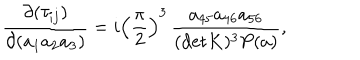
LaTeX: { \frac { \partial ( \tau _ { i j } ) } { \partial ( a _ { 1 } a _ { 2 } a _ { 3 } ) } } = i \left( \frac { \pi } { 2 } \right) ^ { 3 } \, { \frac { a _ { 4 5 } a _ { 4 6 } a _ { 5 6 } } { ( \mathrm { d e t } K ) ^ { 3 } P ( a ) } } ,